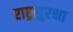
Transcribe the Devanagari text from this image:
राष्ट्रसुरक्षा